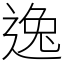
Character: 逸